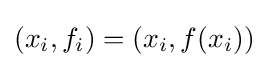
(x_{i},f_{i})=(x_{i},f(x_{i}))